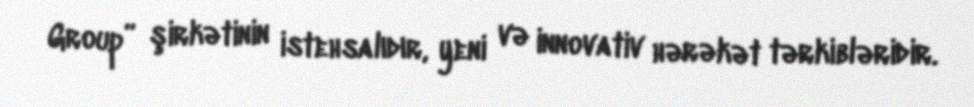
Group” şirkətinin istehsalıdır, yeni və innovativ hərəkət tərkibləridir.